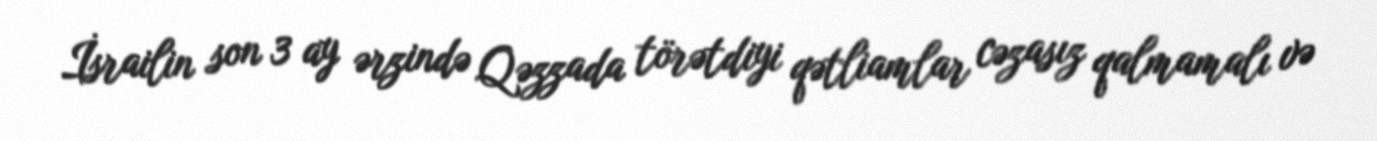
İsrailin son 3 ay ərzində Qəzzada törətdiyi qətliamlar cəzasız qalmamalı və